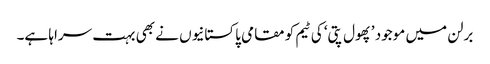
برلن میں موجود ’پھول پتی‘ کی ٹیم کو مقامی پاکستانیوں نے بھی بہت سراہا ہے۔